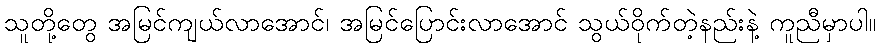
သူတို့တွေ အမြင်ကျယ်လာအောင်၊ အမြင်ပြောင်းလာအောင် သွယ်ဝိုက်တဲ့နည်းနဲ့ ကူညီမှာပါ။